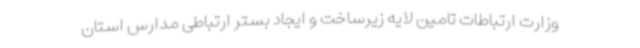
وزارت ارتباطات تامین لایه زیرساخت و ایجاد بستر ارتباطی مدارس استان